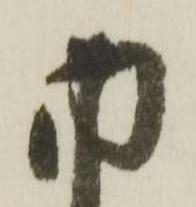
内